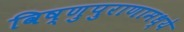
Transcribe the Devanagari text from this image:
विष्णुपुराणामध्ये